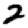
Digit: 2